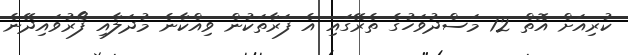
ކުރިއަށް އޮތް 12 މަސްދުވަހުގެ ތެރޭގައި އެ ފަރާތަކުން ވިއްކާނެ މުދަލާއި ފޯރުވައިދޭނެ